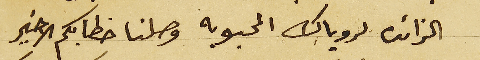
الزائدة لروياك المحبوبه وصلنا خطابكم الاخير